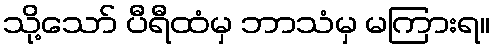
သို့သော် ပီရီထံမှ ဘာသံမှ မကြားရ။